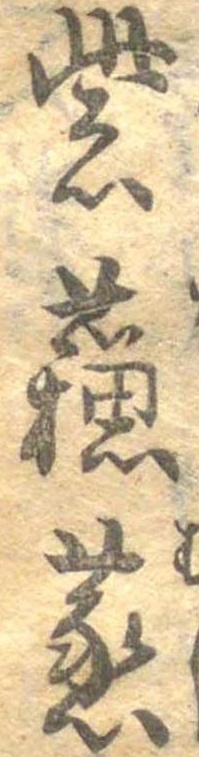
紫蘇蒸